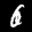
Label: 6